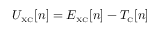
U _ { \scriptscriptstyle \mathrm { X C } } [ n ] = E _ { \scriptscriptstyle \mathrm { X C } } [ n ] - T _ { \scriptscriptstyle \mathrm { C } } [ n ]